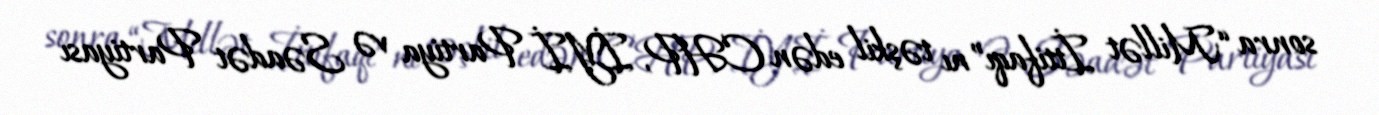
sonra “Millət İttifaqı”nı təşkil edən CHP, İYİ Partiya və Səadət Partiyası